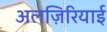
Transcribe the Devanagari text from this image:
अलज़िरियाई